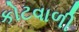
કોટવાળી